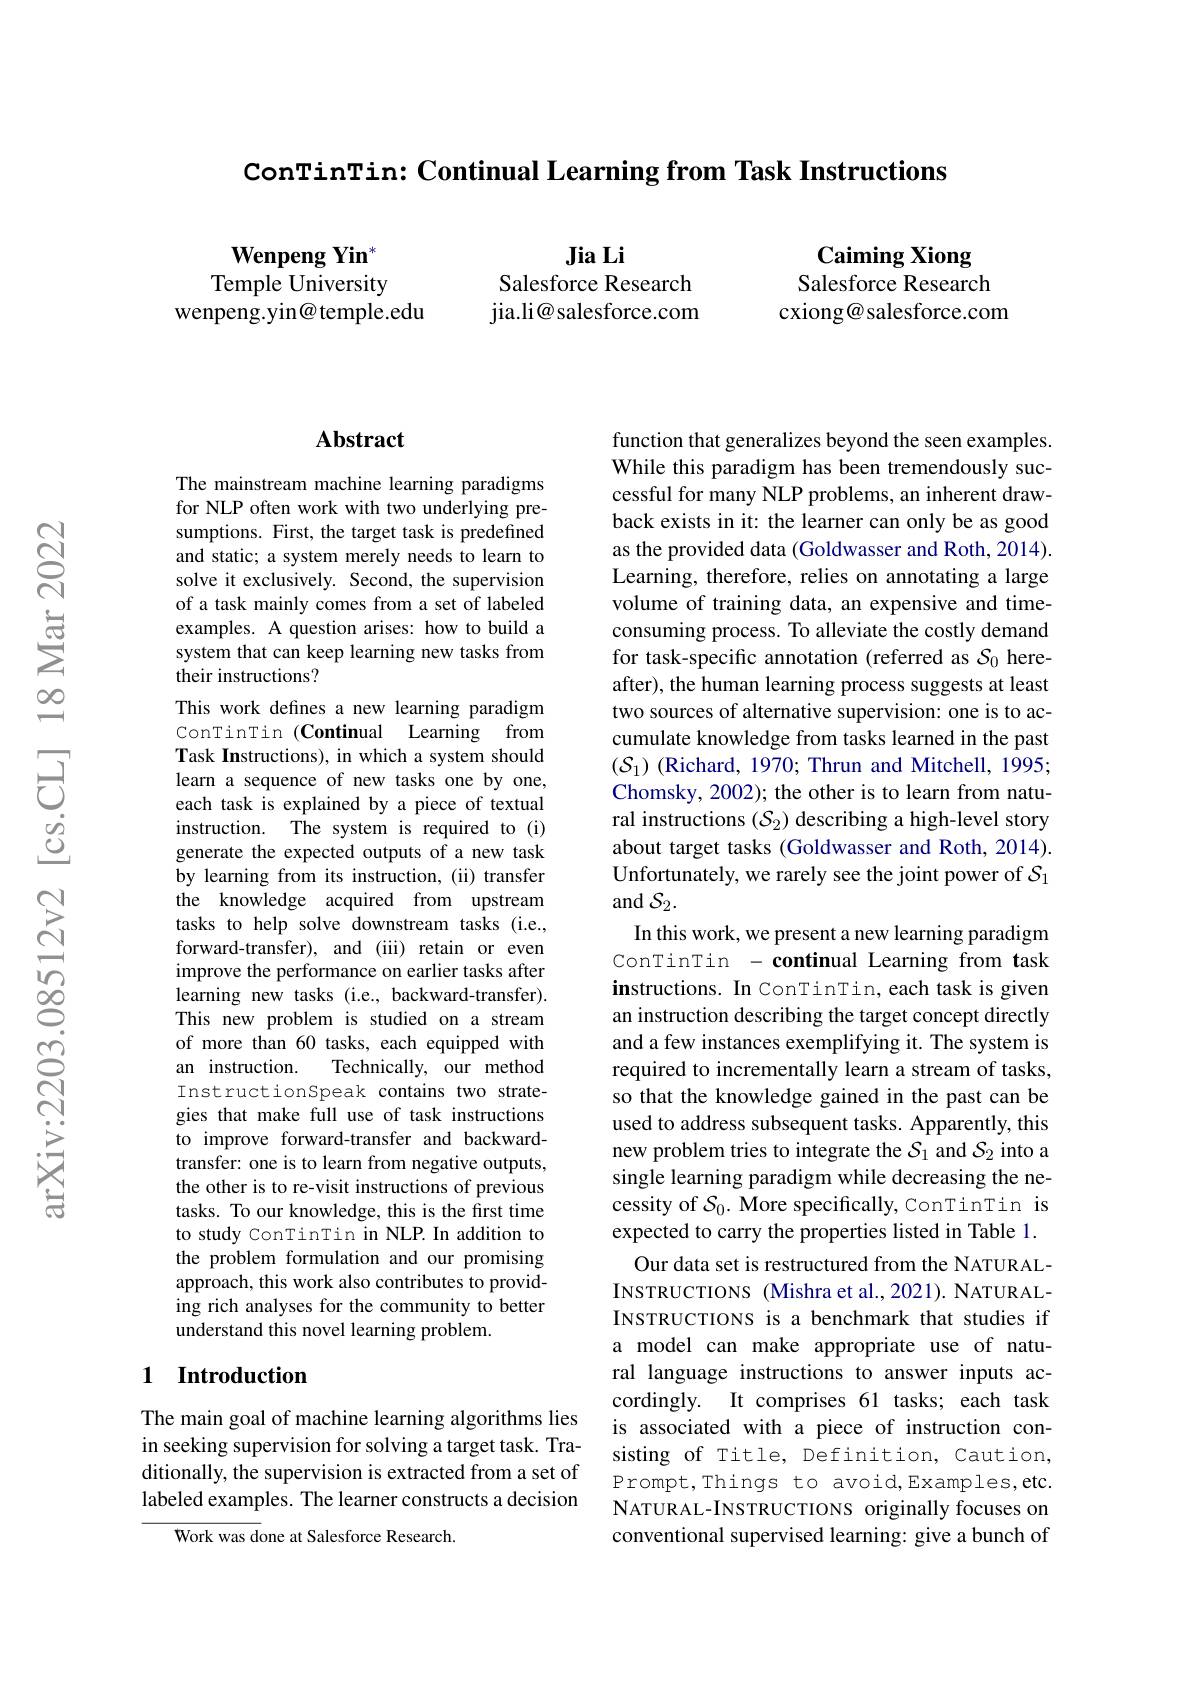
ConTinTin: Continual Learning from Task Instructions

Jia Li
Salesforce Research jia.li@ salesforce.com

$\mathbf{WenpengYin}^{*}$ Temple University
wenpeng.yin@ temple.edu

Caiming Xiong Salesforce Research cxiong@ salesforce.com

## Abstract

The mainstream machine learning paradigms for NLP often work with two underlying presumptions. First, the target task is predefined and static; a system merely needs to learn to solve it exclusively. Second, the supervision of a task mainly comes from a set of labeled examples. A question arises: how to build a system that can keep learning new tasks from their instructions?
This work defines a new learning paradigm ConTinTin (Continual Learning from Task Instructions), in which a system should learn a sequence of new tasks one by one, each task is explained by a piece of textual instruction. The system is required to (i) generate the expected outputs of a new task by learning from its instruction, (ii) transfer the knowledge acquired from upstream tasks to help solve downstream tasks (i.e., forward-transfer), and (iii) retain or even improve the performance on earlier tasks after learning new tasks (i.e., backward-transfer). This new problem is studied on a stream of more than 60 tasks, each equipped with an instruction.
Technically, our method
InstructionSpeak contains two strategies that make full use of task instructions to improve forward-transfer and backwardtransfer: one is to learn from negative outputs, the other is to re-visit instructions of previous tasks. To our knowledge, this is the first time to study ConTinTin in NLP. In addition to the problem formulation and our promising approach, this work also contributes to providing rich analyses for the community to better understand this novel learning problem.

## 1 Introduction

The main goal of machine learning algorithms lies in seeking supervision for solving a target task. Traditionally, the supervision is extracted from a set of labeled examples. The learner constructs a decision

Work was done at Salesforce Research

function that generalizes beyond the seen examples. While this paradigm has been tremendously successful for many NLP problems, an inherent drawback exists in it: the learner can only be as good as the provided data (Goldwasser and Roth, 2014). Learning, therefore, relies on annotating a large volume of training data, an expensive and timeconsuming process. To alleviate the costly demand for task-specific annotation (referred as $S_0$ hereafter), the human learning process suggests at least two sources of alternative supervision: one is to accumulate knowledge from tasks learned in the past $(\mathcal{S}_1)$ (Richard, 1970; Thrun and Mitchell, 1995; Chomsky, 2002); the other is to learn from natural instructions $(\mathcal{S}_2)$ describing a high-level story about target tasks (Goldwasser and Roth, 2014). Unfortunately, we rarely see the joint power of $\mathcal{S}_1$ and $\mathcal{S}_2.$
In this work, we present a new learning paradigm ConTinTin - continual Learning from task instructions. In ConTinTin, each task is given an instruction describing the target concept directly and a few instances exemplifying it. The system is required to incrementally learn a stream of tasks, so that the knowledge gained in the past can be used to address subsequent tasks. Apparently, this new problem tries to integrate the $\mathcal{S}_1$ and $\mathcal{S}_2$ into a single learning paradigm while decreasing the necessity of $\mathcal{S}_0.$ More specifically, ConTinTin is expected to carry the properties listed in Table 1. Our data set is restructured from the NATURAL-
INSTRUCTIONS (Mishra et al., 2021). NATURALINSTRUCTIONS is a benchmark that studies if a model can make appropriate use of natural language instructions to answer inputs accordingly. It comprises 61 tasks; each task is associated with a piece of instruction consisting of Title, Definition, Caution, Prompt,Things to avoid,Examples,etc. NATURAL-INSTRUCTIONS originally focuses on conventional supervised learning: give a bunch of